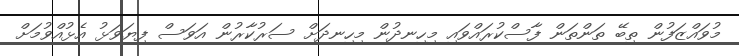
މުވައްޒަފުން ތިބޭ ތަންތަން ފާސްކުރައްވައި މިހިނދުން މިހިނދަށް ސަރުކާރުން އަވަސް ފިޔަވަޅު އެޅުއްވުމަށް